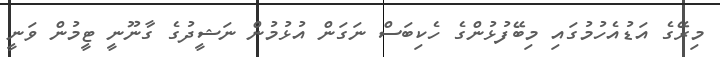
މިރޭގެ އަޑުއެހުމުގައި މިބޭފުޅުންގެ ހެކިބަސް ނަގަން އުޅުމުން ނަޝީދުގެ ގާނޫނީ ޓީމުން ވަނީ